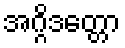
အဂ္ဂိဒတ္တော